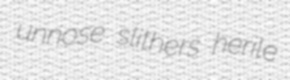
unnose slithers herile